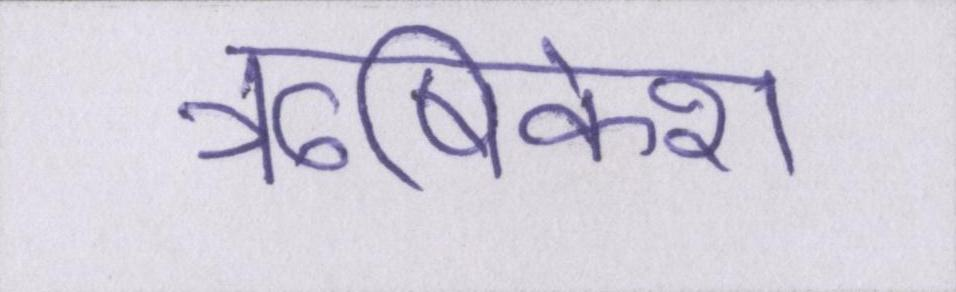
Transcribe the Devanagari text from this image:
ॠषिकेश